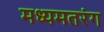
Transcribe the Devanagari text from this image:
मध्यमतरंग